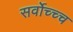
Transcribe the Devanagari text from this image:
सर्वोच्च्च